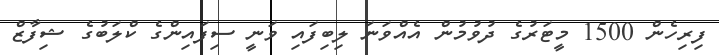
ފިރިހެން 1500 މީޓަރުގެ ދުވުމުން އެއްވަނަ ލިބިފައި ވަނީ ސިފައިންގެ ކްލަބުގެ ޝިފާޒް